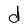
Character: d